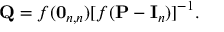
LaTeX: \mathbf { Q } = f ( \mathbf { 0 } _ { n , n } ) [ f ( \mathbf { P } - \mathbf { I } _ { n } ) ] ^ { - 1 } .